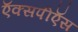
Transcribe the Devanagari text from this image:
ऍक्सपीऍस